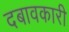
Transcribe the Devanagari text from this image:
दबावकारी